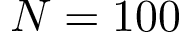
N = 1 0 0